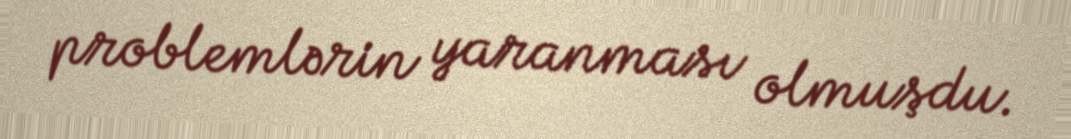
problemlərin yaranması olmuşdu.